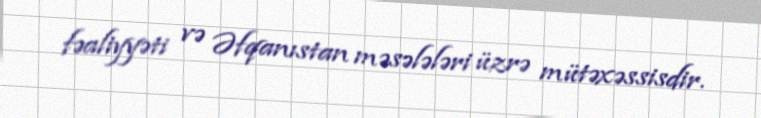
fəaliyyəti və Əfqanıstan məsələləri üzrə mütəxəssisdir.